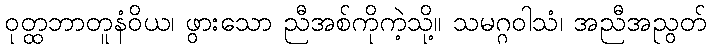
ဝုတ္ထဘာတူနံဝိယ၊ ဖွားသော ညီအစ်ကိုကဲ့သို့။ သမဂ္ဂဝါသံ၊ အညီအညွတ်